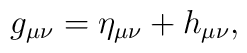
g_{\mu \nu }=\eta _{\mu \nu }+h_{\mu \nu },